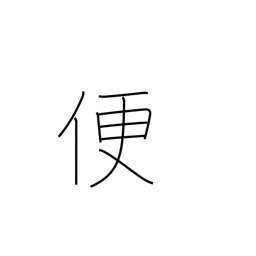
Meaning: convenience